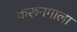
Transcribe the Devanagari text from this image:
करूनगाला